Annual administration report of the Civil Veterinary Department of India - 1899-1900
Year: 1899
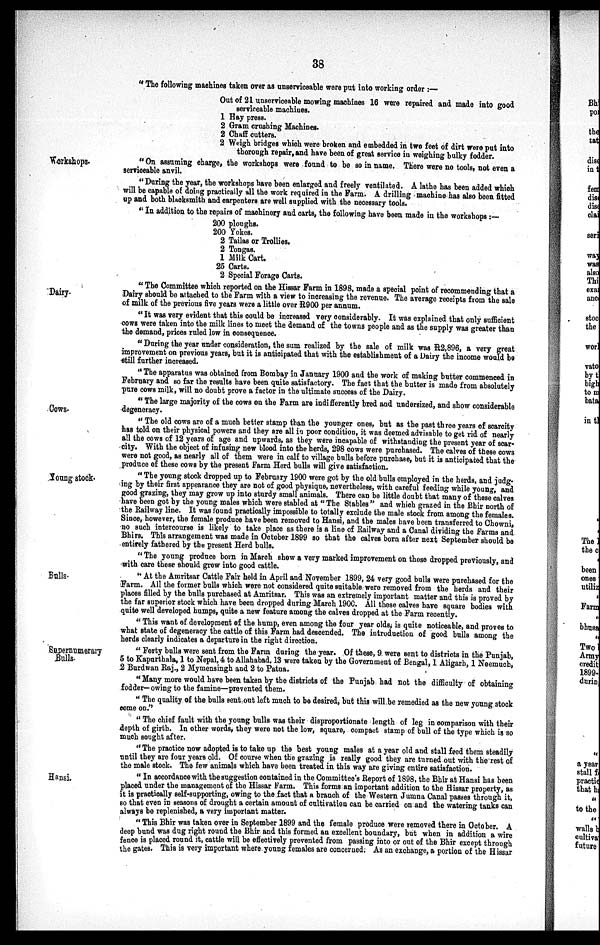
38
"The following machines taken over as unserviceable were put into working order :—
Out of 21 unserviceable mowing machines 16 were repaired and made into good
serviceable machines.
1 Hay press.
2 Gram crushing Machines.
2 Chaff cutters.
2 Weigh bridges which were broken and embedded in two feet of dirt were put into
thorough repair, and have been of great service in weighing bulky fodder.
Workshops.
"On assuming charge, the workshops were found to be so in name. There were no tools, not even a
serviceable anvil.
"During the year, the workshops have been enlarged and freely ventilated. A lathe has been added which
will be capable of doing practically all the work required in the Farm. A drilling machine has also been fitted
up and both blacksmith and carpenters are well supplied with the necessary tools.
"In addition to the repairs of machinery and carts, the following have been made in the workshops :—
200 ploughs.
200 Yokes.
2 Tailas or Trollies.
2 Tongas.
1 Milk Cart.
25 Carts.
2 Special Forage Carts.
Dairy.
"The Committee which reported on the Hissar Farm in 1898, made a special point of recommending that a
Dairy should be attached to the Farm with a view to increasing the revenue. The average receipts from the sale
of milk of the previous five years were a little over R900 per annum.
"It was very evident that this could be increased very considerably. It was explained that only sufficient
cows were taken into the milk lines to meet the demand of the towns people and as the supply was greater than
the demand, prices ruled low in consequence.
"During the year under consideration, the sum realized by the sale of milk was R2,896, a very great
improvement on previous years, but it is anticipated that with the establishment of a Dairy the income would be
still further increased.
"The apparatus was obtained from Bombay in January 1900 and the work of making butter commenced in
February and so far the results have been quite satisfactory. The fact that the butter is made from absolutely
pure cows milk, will no doubt prove a factor in the ultimate success of the Dairy.
Cows.
"The large majority of the cows on the Farm are indifferently bred and undersized, and show considerable
degeneracy.
"The old cows are of a much better stamp than the younger ones, but as the past three years of scarcity
has told on their physical powers and they are all in poor condition, it was deemed advisable to get rid of nearly
all the cows of 12 years of age and upwards, as they were incapable of withstanding the present year of scar-
city. With the object of infusing new blood into the herds, 298 cows were purchased. The calves of these cows
were not good, as nearly all of them were in calf to village bulls before purchase, but it is anticipated that the
produce of these cows by the present Farm Herd bulls will give satisfaction.
Young stock.
"The young stock dropped up to February 1900 were got by the old bulls employed in the herds, and judg-
ing by their first appearance they are not of good physique, nevertheless, with careful feeding while young, and
good grazing, they may grow up into sturdy small animals. There can be little doubt that many of these calves
have been got by the young males which were stabled at "The Stables" and which grazed in the Bhir north of
the Railway line. It was found practically impossible to totally exclude the male stock from among the females.
Since, however, the female produce have been removed to Hansi, and the males have been transferred to Chowni,
no such intercourse is likely to take place as there is a line of Railway and a Canal dividing the Farms and
Bhirs. This arrangement was made in October 1899 so that the calves born after next September should be
entirely fathered by the present Herd bulls.
Bulls.
"The young produce born in March show a very marked improvement on those dropped previously, and
with care these should grow into good cattle.
"At the Amritsar Cattle Fair held in April and November 1899, 24 very good bulls were purchased for the
Farm. All the former bulls which were not considered quite suitable were removed from the herds and their
places filled by the bulls purchased at Amritsar. This was an extremely important matter and this is proved by
the far superior stock which have been dropped during March 1900. All these calves have square bodies with
quite well developed humps, quite a new feature among the calves dropped at the Farm recently.
" This want of development of the hump, even among the four year olds, is quite noticeable, and proves to
what state of degeneracy the cattle of this Farm had descended. The introduction of good bulls among the
herds clearly indicates a departure in the right direction.
Supernumerary
"Forty bulls were sent from the Farm during the year. Of these, 9 were sent to districts in the Punjab,
5 to Kapurthala, 1 to Nepal, 4 to Allahabad, 13 were taken by the Government of Bengal, 1 Aligarh, 1 Neemuch,
2 Burdwan Raj., 2 Mymensingh and 2 to Patna.
" Many more would have been taken by the districts of the Punjab had not the difficulty of obtaining
fodder—owing to the famine—prevented them.
"The quality of the bulls sent out left much to be desired, but this will be remedied as the new young stock
come on."
"The chief fault with the young bulls was their disproportionate length of leg in comparison with their
depth of girth. In other words, they were not the low, square, compact stamp of bull of the type which is so
much sought after.
"The practice now adopted is to take up the best young males at a year old and stall feed them steadily
until they are four years old. Of course when the grazing is really good they are turned out with the rest of
the male stock. The few animals which have been treated in this way are giving entire satisfaction.
Hansi.
"In accordance with the suggestion contained in the Committee's Report of 1898, the Bhir at Hansi has been
placed under the management of the Hissar Farm. This forms an important addition to the Hissar property, as
it is practically self-supporting, owing to the fact that a branch of the Western Jumna Canal passes through it,
so that even in seasons of drought a certain amount of cultivation can be carried on and the watering tanks can
always be replenished, a very important matter.
"This Bhir was taken over in September 1899 and the female produce were removed there in October. A
deep bund was dug right round the Bhir and this formed an excellent boundary, but when in addition a wire
fence is placed round it, cattle will be effectively prevented from passing into or out of the Bhir except through
the gates. This is very important where young females are concerned. As an exchange, a portion of the Hissar